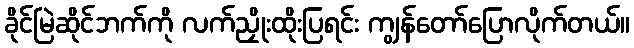
ခိုင်မြဲဆိုင်ဘက်ကို လက်ညှိုးထိုးပြရင်း ကျွန်တော်ပြောလိုက်တယ်။